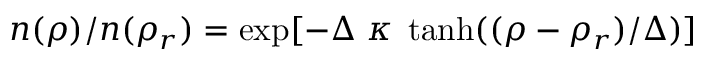
n ( \rho ) / n ( \rho _ { r } ) = \exp [ - \Delta \; \kappa \; \operatorname { t a n h } ( ( \rho - \rho _ { r } ) / \Delta ) ]